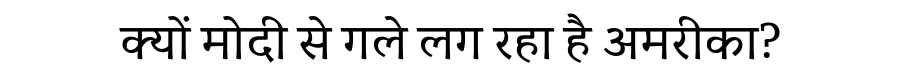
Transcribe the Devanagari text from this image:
क्यों मोदी से गले लग रहा है अमरीका?